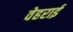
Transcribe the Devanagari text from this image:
वेहराई